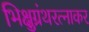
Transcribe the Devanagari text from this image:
भिक्षुग्रंथरत्नाकर